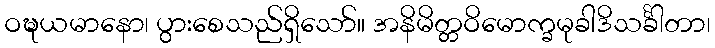
ဝဍ္ဎယမာနော၊ ပွားစေသည်ရှိသော်။ အနိမိတ္တဝိမောက္ခမုခါဒိသင်္ခါတာ၊